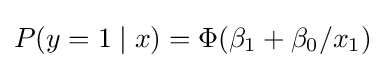
P(y=1\mid x)=\Phi (\beta _{1}+\beta _{0}/x_{1})